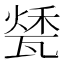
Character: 𤭰